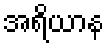
အရိယာန